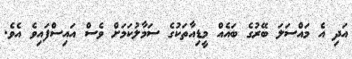
އަދި އެ މައްސަލަ ބޭރުގެ ބައެއް މީޑިއާތަކުގެ ސަމާލުކަމަށް ވެސް އައިސްފައިވެ އެވެ.